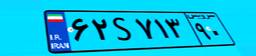
۶۲S۷۱۳۹۰